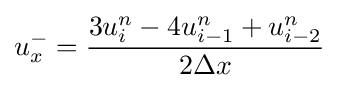
u_{x}^{-}={\frac {3u_{i}^{n}-4u_{i-1}^{n}+u_{i-2}^{n}}{2\Delta x}}